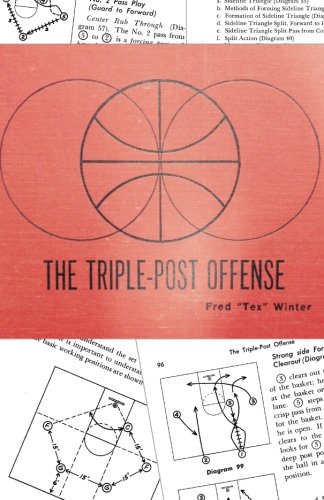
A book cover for The Triple-Post Offense; Fred "Tex" Winter; Sports & Outdoors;